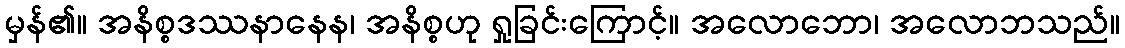
မှန်၏။ အနိစ္စဒဿနာနေန၊ အနိစ္စဟု ရှုခြင်းကြောင့်။ အလောဘော၊ အလောဘသည်။